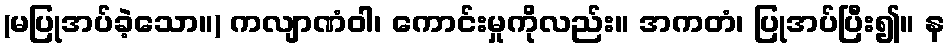
(မပြုအပ်ခဲ့သော။) ကလျာဏံဝါ၊ ကောင်းမှုကိုလည်း။ အကတံ၊ ပြုအပ်ပြီး၍။ န